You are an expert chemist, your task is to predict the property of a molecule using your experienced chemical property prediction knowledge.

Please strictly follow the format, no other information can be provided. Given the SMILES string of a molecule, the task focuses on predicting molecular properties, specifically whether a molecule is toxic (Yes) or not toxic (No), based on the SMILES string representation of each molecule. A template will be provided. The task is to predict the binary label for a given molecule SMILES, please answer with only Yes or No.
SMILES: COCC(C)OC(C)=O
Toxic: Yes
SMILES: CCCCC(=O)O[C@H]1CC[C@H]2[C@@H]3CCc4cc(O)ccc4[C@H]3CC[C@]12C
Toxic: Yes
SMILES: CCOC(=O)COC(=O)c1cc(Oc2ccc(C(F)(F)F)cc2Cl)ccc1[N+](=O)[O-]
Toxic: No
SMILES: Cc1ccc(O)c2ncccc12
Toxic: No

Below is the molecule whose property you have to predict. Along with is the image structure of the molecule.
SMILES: COc1ccc(CCN(C)CCCN2CCc3cc(OC)c(OC)cc3CC2=O)cc1OC
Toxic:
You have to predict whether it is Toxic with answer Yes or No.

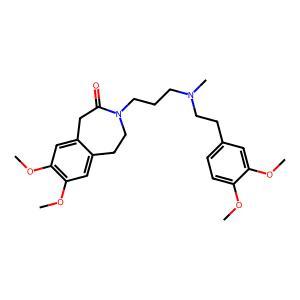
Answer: No